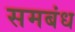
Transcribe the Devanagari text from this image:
समबंध